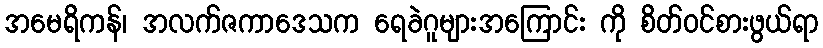
အမေရိကန်၊ အလက်ဇကာဒေသက ရေခဲဂူများအကြောင်း ကို စိတ်ဝင်စားဖွယ်ရာ